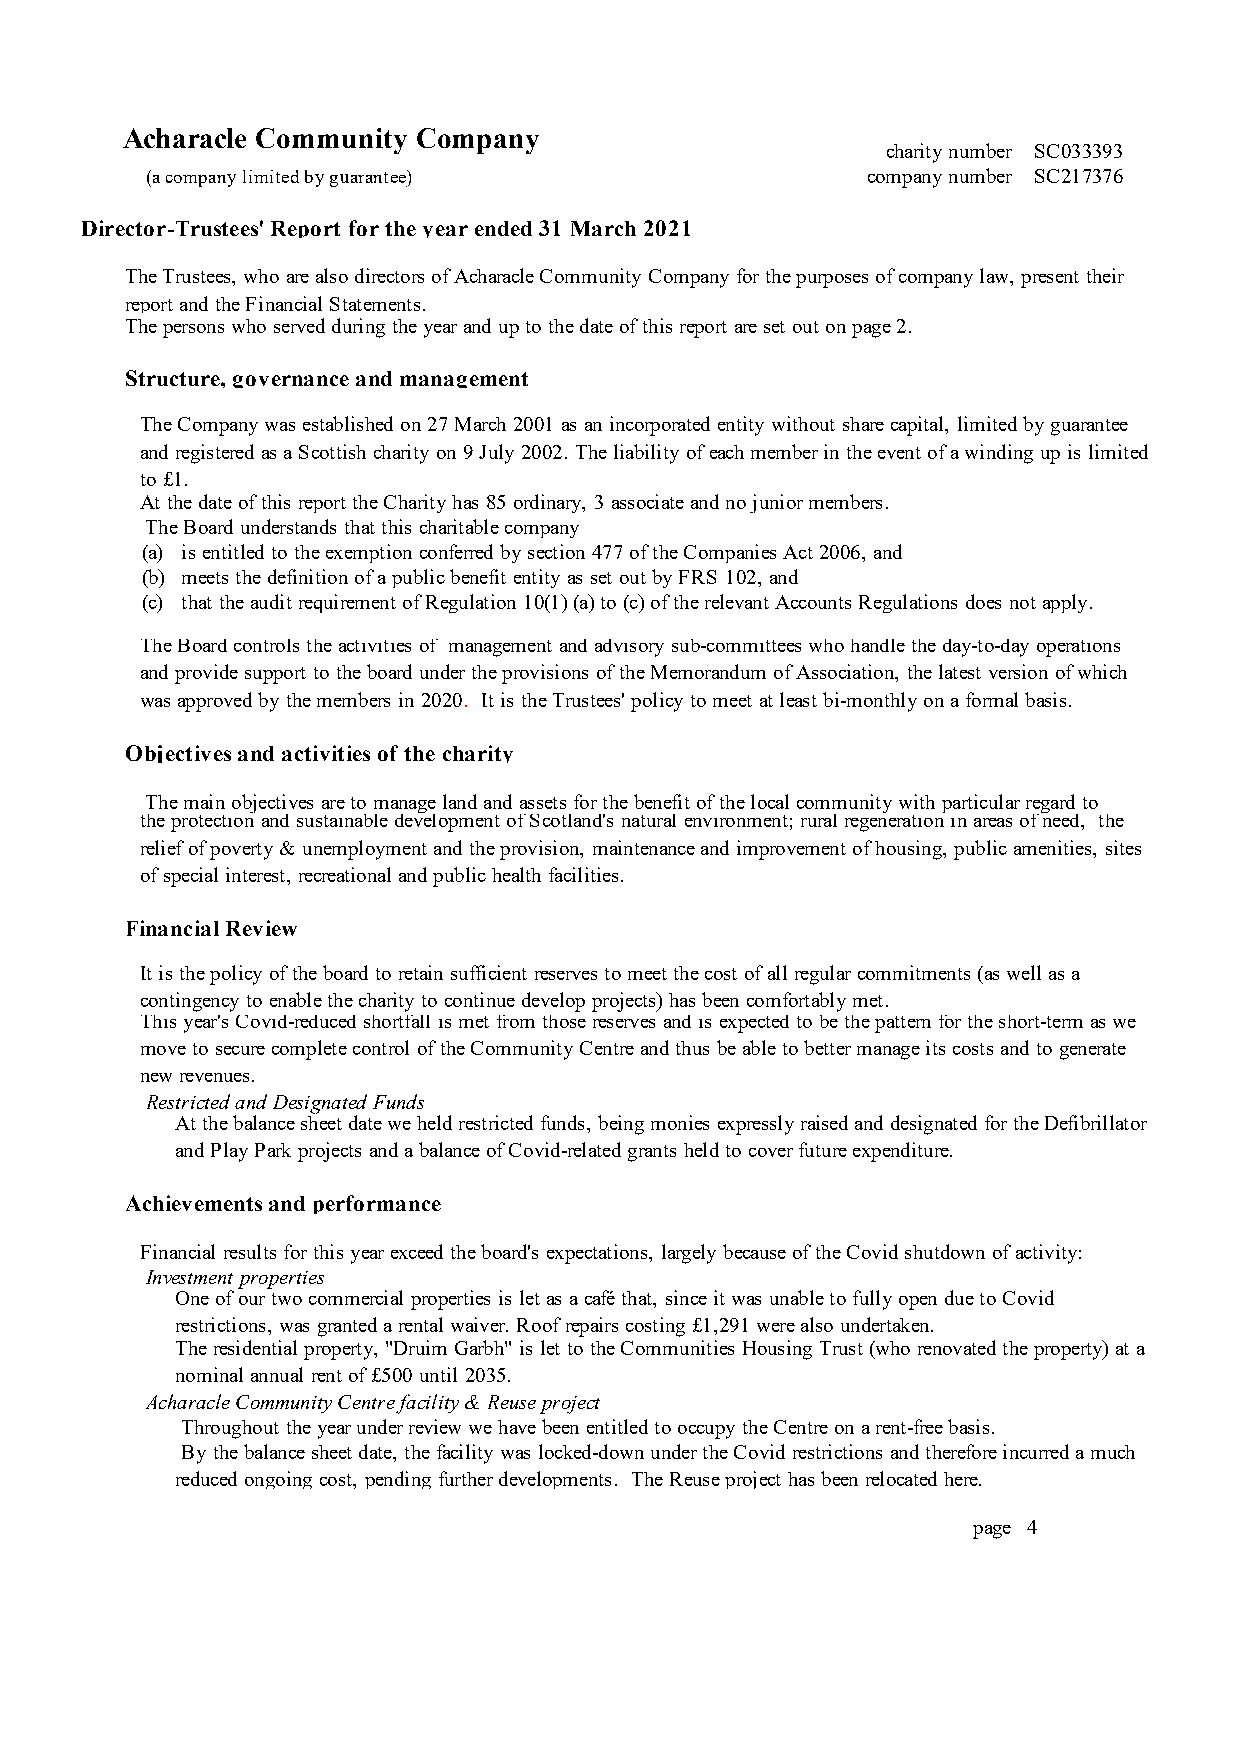
Acharacle Community Company
 charity number SC033393
 (a company limited by guarantee)               company number SC217376
 Director-Trustees' Report for the year ended 31 March 2021
 The Trustees, who are also directors of Acharacle Community Company for the purposes of company law, present their
 report and the Financial Statements.
 The persons who served during the year and up to the date of this report are set out on page 2.
 Structure, governance and management
 The Company was established on 27 March 2001 as an incorporated entity without share capital, limited by guarantee
 and registered as a Scottish charity on 9 July 2002. The liability of each member in the event of a winding up is limited
 to £1.
 At the date of this report the Charity has 85 ordinary, 3 associate and no junior members.
 The Board understands that this charitable company
 (a) is entitled to the exemption conferred by section 477 of the Companies Act 2006, and
 (b) meets the definition of a public benefit entity as set out by FRS 102, and
 (c) that the audit requirement of Regulation 10(1) (a) to (c) of the relevant Accounts Regulations does not apply.
 The Board controls the activities of management and advisory sub-committees who handle the day-to-day operations
 and provide support to the board under the provisions of the Memorandum of Association, the latest version of which
 was approved by the members in 2020. It is the Trustees' policy to meet at least bi-monthly on a formal basis.
 Objectives and activities of the charity
 The main objectives are to manage land and assets for the benefit of the local community with particular regard to
 the protection and sustainable development of Scotland's natural environment; rural regeneration in areas of need, the
 relief of poverty & unemployment and the provision, maintenance and improvement of housing, public amenities, sites
 of special interest, recreational and public health facilities.
 Financial Review
 It is the policy of the board to retain sufficient reserves to meet the cost of all regular commitments (as well as a
 contingency to enable the charity to continue develop projects) has been comfortably met.
 This year's Covid-reduced shortfall is met from those reserves and is expected to be the pattern for the short-term as we
 move to secure complete control of the Community Centre and thus be able to better manage its costs and to generate
 new revenues.
 Restricted and Designated Funds
 At the balance sheet date we held restricted funds, being monies expressly raised and designated for the Defibrillator
 and Play Park projects and a balance of Covid-related grants held to cover future expenditure.
 Achievements and performance
 Financial results for this year exceed the board's expectations, largely because of the Covid shutdown of activity:
 Investment properties
 One of our two commercial properties is let as a café that, since it was unable to fully open due to Covid
 restrictions, was granted a rental waiver. Roof repairs costing £1,291 were also undertaken.
 The residential property, "Druim Garbh" is let to the Communities Housing Trust (who renovated the property) at a
 nominal annual rent of £500 until 2035.
 Acharacle Community Centre facility & Reuse project
 Throughout the year under review we have been entitled to occupy the Centre on a rent-free basis.
 By the balance sheet date, the facility was locked-down under the Covid restrictions and therefore incurred a much
 reduced ongoing cost, pending further developments. The Reuse project has been relocated here.
 page 4